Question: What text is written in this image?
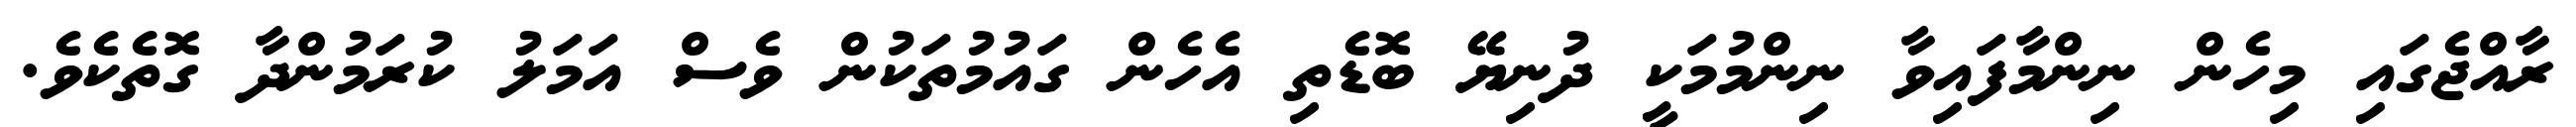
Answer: ރާއްޖެގައި މިހެން ނިންމާފައިވާ ނިންމުމަކީ ދުނިޔޭ ބޮޑެތި އެހެން ގައުމުތަކުން ވެސް އަމަލު ކުރަމުންދާ ގޮތެކެވެ.